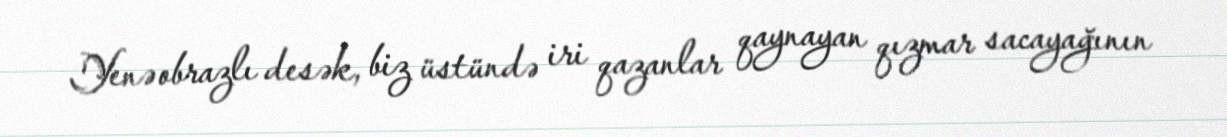
Yenə obrazlı desək, biz üstündə iri qazanlar qaynayan qızmar sacayağının